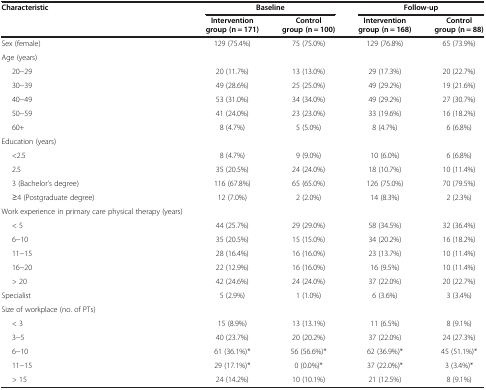
<table><thead><tr><td rowspan="2"><b>Characteristic</b></td><td colspan="2"><b>Baseline</b></td><td colspan="2"><b>Follow-up</b></td></tr><tr><td><b>Intervention group (n = 171)</b></td><td><b>Control group (n = 100)</b></td><td><b>Intervention group (n = 168)</b></td><td><b>Control group (n = 88)</b></td></tr></thead><tbody><tr><td>Sex (female)</td><td>129 (75.4%)</td><td>75 (75.0%)</td><td>129 (76.8%)</td><td>65 (73.9%)</td></tr><tr><td>Age (years)</td><td> </td><td> </td><td> </td><td> </td></tr><tr><td>20−29</td><td>20 (11.7%)</td><td>13 (13.0%)</td><td>29 (17.3%)</td><td>20 (22.7%)</td></tr><tr><td>30−39</td><td>49 (28.6%)</td><td>25 (25.0%)</td><td>49 (29.2%)</td><td>19 (21.6%)</td></tr><tr><td>40−49</td><td>53 (31.0%)</td><td>34 (34.0%)</td><td>49 (29.2%)</td><td>27 (30.7%)</td></tr><tr><td>50−59</td><td>41 (24.0%)</td><td>23 (23.0%)</td><td>33 (19.6%)</td><td>16 (18.2%)</td></tr><tr><td>60+</td><td>8 (4.7%)</td><td>5 (5.0%)</td><td>8 (4.7%)</td><td>6 (6.8%)</td></tr><tr><td>Education (years)</td><td> </td><td> </td><td> </td><td> </td></tr><tr><td>&lt;2.5</td><td>8 (4.7%)</td><td>9 (9.0%)</td><td>10 (6.0%)</td><td>6 (6.8%)</td></tr><tr><td>2.5</td><td>35 (20.5%)</td><td>24 (24.0%)</td><td>18 (10.7%)</td><td>10 (11.4%)</td></tr><tr><td>3 (Bachelor’s degree)</td><td>116 (67.8%)</td><td>65 (65.0%)</td><td>126 (75.0%)</td><td>70 (79.5%)</td></tr><tr><td>≥4 (Postgraduate degree)</td><td>12 (7.0%)</td><td>2 (2.0%)</td><td>14 (8.3%)</td><td>2 (2.3%)</td></tr><tr><td>Work experience in primary care physical therapy (years)</td><td> </td><td> </td><td> </td><td> </td></tr><tr><td>&lt; 5</td><td>44 (25.7%)</td><td>29 (29.0%)</td><td>58 (34.5%)</td><td>32 (36.4%)</td></tr><tr><td>6−10</td><td>35 (20.5%)</td><td>15 (15.0%)</td><td>34 (20.2%)</td><td>16 (18.2%)</td></tr><tr><td>11−15</td><td>28 (16.4%)</td><td>16 (16.0%)</td><td>23 (13.7%)</td><td>10 (11.4%)</td></tr><tr><td>16−20</td><td>22 (12.9%)</td><td>16 (16.0%)</td><td>16 (9.5%)</td><td>10 (11.4%)</td></tr><tr><td>&gt; 20</td><td>42 (24.6%)</td><td>24 (24.0%)</td><td>37 (22.0%)</td><td>20 (22.7%)</td></tr><tr><td>Specialist</td><td>5 (2.9%)</td><td>1 (1.0%)</td><td>6 (3.6%)</td><td>3 (3.4%)</td></tr><tr><td>Size of workplace (no. of PTs)</td><td> </td><td> </td><td> </td><td> </td></tr><tr><td>&lt; 3</td><td>15 (8.9%)</td><td>13 (13.1%)</td><td>11 (6.5%)</td><td>8 (9.1%)</td></tr><tr><td>3−5</td><td>40 (23.7%)</td><td>20 (20.2%)</td><td>37 (22.0%)</td><td>24 (27.3%)</td></tr><tr><td>6−10</td><td>61 (36.1%)*</td><td>56 (56.6%)*</td><td>62 (36.9%)*</td><td>45 (51.1%)*</td></tr><tr><td>11−15</td><td>29 (17.1%)*</td><td>0 (0.0%)*</td><td>37 (22.0%)*</td><td>3 (3.4%)*</td></tr><tr><td>&gt; 15</td><td>24 (14.2%)</td><td>10 (10.1%)</td><td>21 (12.5%)</td><td>8 (9.1%)</td></tr></tbody></table>